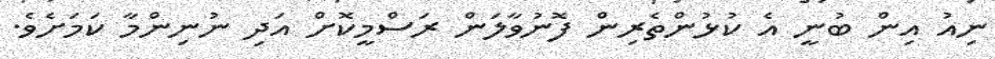
ނިއު އިން ބުނީ އެ ކުޅުންތެރިން ފޮނުވާލަން ރަސްމީކޮށް އަދި ނުނިންމާ ކަމަށެވެ.